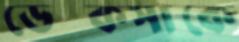
ডেম্কসাকে